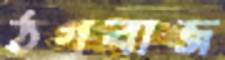
ঠগবাজ